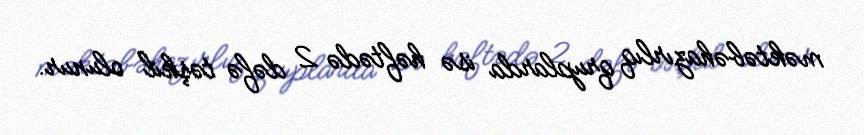
məktəbəhazırlıq qruplarda isə həftədə 2 dəfə təşkil olunur.